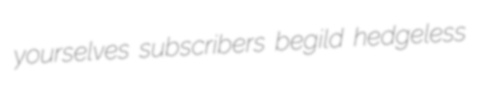
yourselves subscribers begild hedgeless